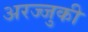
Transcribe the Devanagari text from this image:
अरज्जुकी